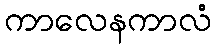
ကာလေနကာလံ